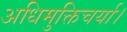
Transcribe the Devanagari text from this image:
अधिमुक्तिचर्या।